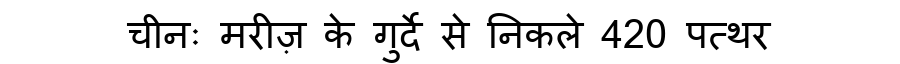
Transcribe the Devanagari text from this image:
चीनः मरीज़ के गुर्दे से निकले 420 पत्थर